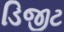
ડિજીટ